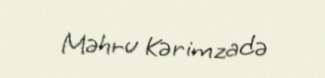
Məhru Kərimzadə